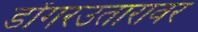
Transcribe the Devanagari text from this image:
डोंगरउतारावर